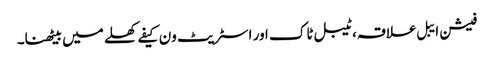
فیشن ایبل علاقہ، ٹیبل ٹاک اور اسٹریٹ ون کیفے کھلے میں بیٹھنا۔